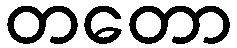
တတော